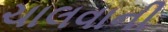
ચાલવાની